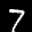
Label: 7